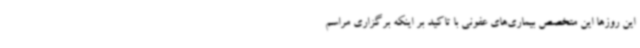
این روزها این متخصص بیماری‌های عفونی با تاکید بر اینکه برگزاری مراسم